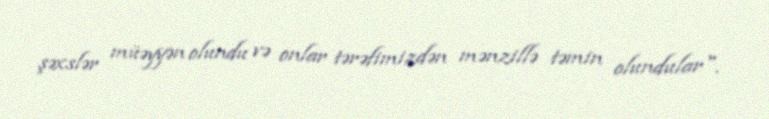
şəxslər müəyyən olundu və onlar tərəfimizdən mənzillə təmin olundular".